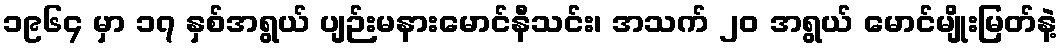
၁၉၆၄ မှာ ၁၇ နှစ်အရွယ် ပျဉ်းမနားမောင်နီသင်း၊ အသက် ၂၀ အရွယ် မောင်မျိုးမြတ်နဲ့